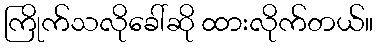
ကြိုက်သလိုခေါ်ဆို ထားလိုက်တယ်။